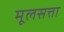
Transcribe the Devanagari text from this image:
मूलसत्ता